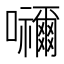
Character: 𭌹